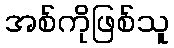
အစ်ကိုဖြစ်သူ